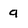
Character: 9